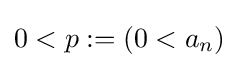
0<p:=(0<a_{n})